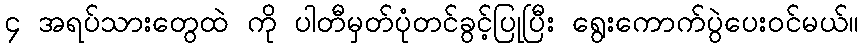
၄ အရပ်သားတွေထဲ ကို ပါတီမှတ်ပုံတင်ခွင့်ပြုပြီး ရွေးကောက်ပွဲပေးဝင်မယ်။